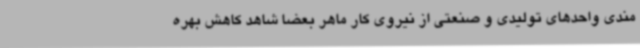
مندی واحدهای تولیدی و صنعتی از نیروی کار ماهر بعضا شاهد کاهش بهره